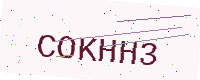
Text: COKHH3